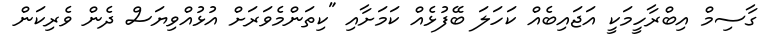
ގާސިމް އިބްރާހީމަކީ އަޖައިބެއް ކަހަލަ ބޭފުޅެއް ކަމަށާއި "ކިތަންމެވަރަށް އުޅުއްވިޔަސް ދެން ވެރިކަން